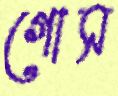
গোস